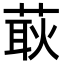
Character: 𦵸